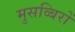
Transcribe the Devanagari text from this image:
मुसव्बिरों